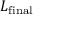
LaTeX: L _ { \mathrm { f i n a l } }